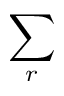
\sum _ { r }